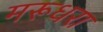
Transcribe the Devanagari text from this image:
मरूधरा